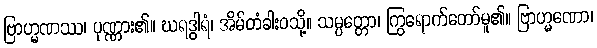
ဗြာဟ္မဏဿ၊ ပုဏ္ဏား၏။ ဃရဒွါရံ၊ အိမ်တံခါးဝသို့။ သမ္ပတ္တော၊ ကြွရောက်တော်မူ၏။ ဗြာဟ္မဏော၊